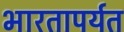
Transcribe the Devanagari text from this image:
भारतापर्यत